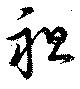
袒